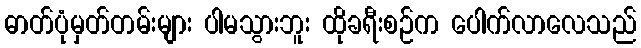
ဓာတ်ပုံမှတ်တမ်းများ ပါမသွားဘူး ထိုခရီးစဉ်က ပေါက်လာလေသည်